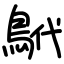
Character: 鴏